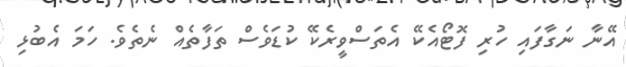
އޭނާ ނަގާފައި ހުރި ފޮޓޯއެކޭ އެތަސްވީރެކޭ ކުޑަވެސް ތަފާތެއް ނެތެވެ. ހަމަ އެބުޅި